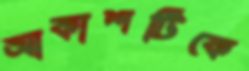
আকাশটিকে